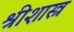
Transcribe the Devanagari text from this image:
श्रीशास्त्र